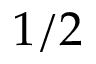
1 / 2